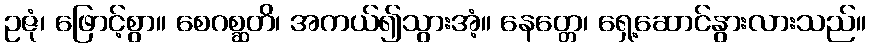
ဥဇုံ၊ ဖြောင့်စွာ။ စေဂစ္ဆတိ၊ အကယ်၍သွားအံ့။ နေတ္တေ၊ ရှေ့ဆောင်နွားလားသည်။